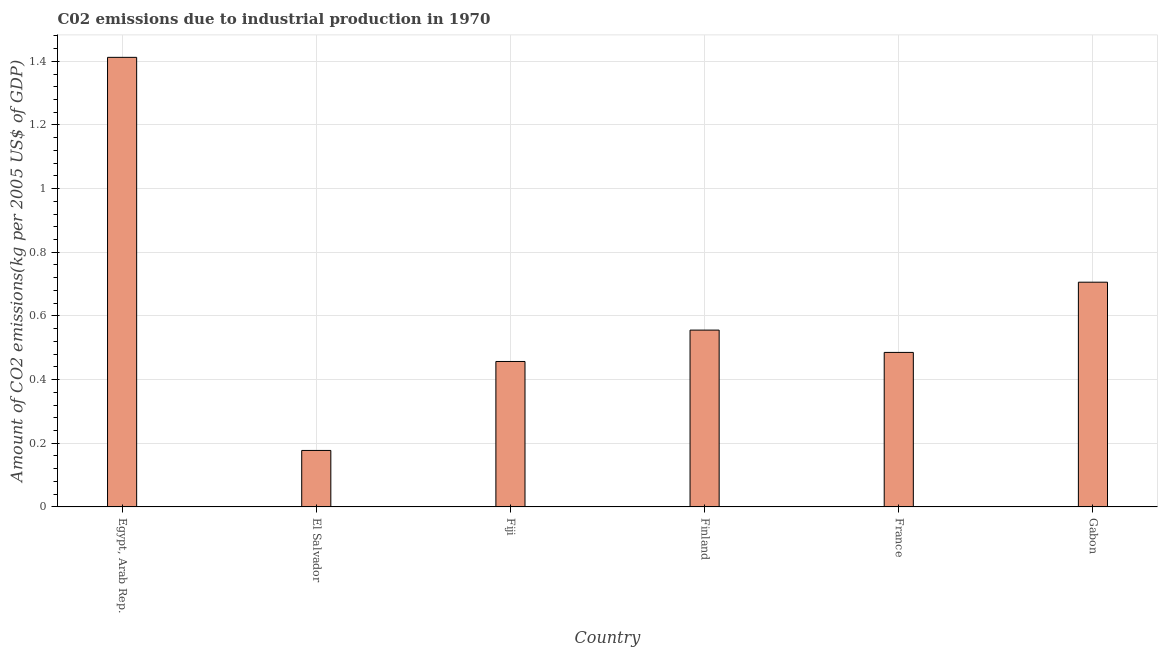
| Country | CO2 emissions  |
 | --- | --- |
 | Egypt, Arab Rep. | 1.41 |
 | El Salvador | 0.177 |
 | Fiji | 0.457 |
 | Finland | 0.555 |
 | France | 0.485 |
 | Gabon | 0.706 |